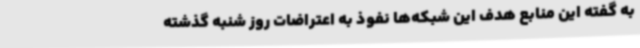
به گفته این منابع هدف این شبکه‌ها نفوذ به اعتراضات روز شنبه گذشته